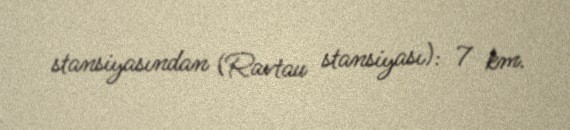
stansiyasından (Ravtau stansiyası): 7 km.